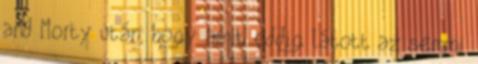
and Morty után, hogy amit eddig látott az semmi